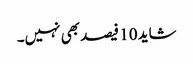
شاید 10 فیصد بھی نہیں۔